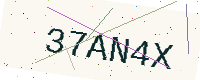
Text: 37AN4X